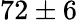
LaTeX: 72\pm 6